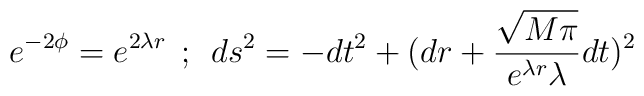
e^{-2\phi} = e^{2\lambda r} \: \: ; \: \: ds^2 = -dt^2 + (dr +\frac{\sqrt{M\pi}}{e^{\lambda r} \lambda} dt)^2